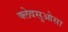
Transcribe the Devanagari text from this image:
क्लेवसुओसा